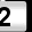
Digit: 2